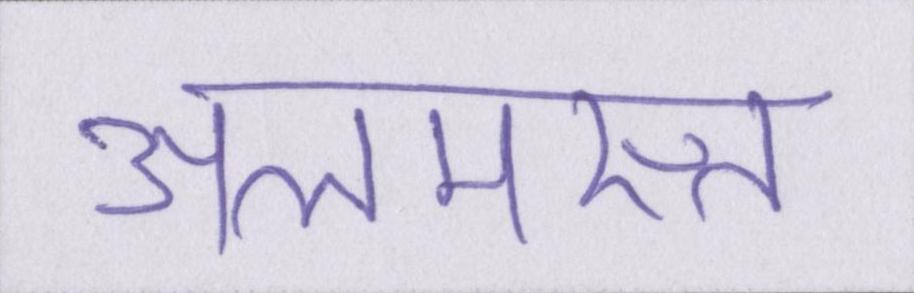
अलमस्त